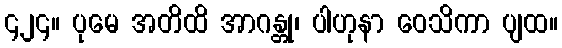
၄၂၄။ ပုမေ အတိထိ အာဂန္တု၊ ပါဟုနာ ဝေသိကာ ပျထ။